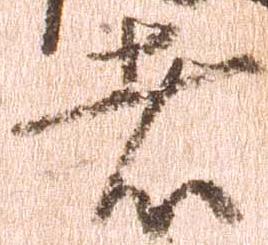
者